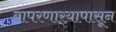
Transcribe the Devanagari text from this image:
वापरणार्‍यापासून